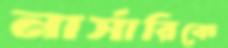
নার্সারিকে